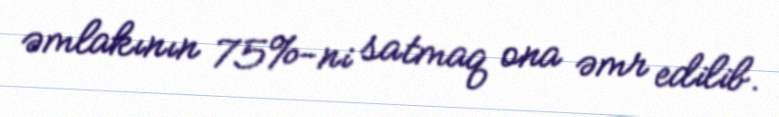
əmlakının 75%-ni satmaq ona əmr edilib.